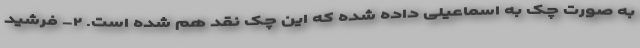
به صورت چک به اسماعیلی داده شده که این چک نقد هم شده است. ۲- فرشید